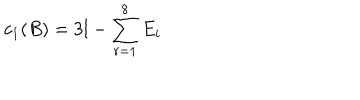
c _ { 1 } ( B ) = 3 l - \sum _ { r = 1 } ^ { 8 } E _ { i }